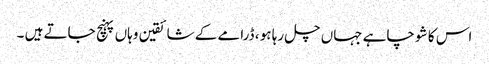
اس کا شو چاہے جہاں چل رہا ہو ، ڈرامے کے شائقین وہاں پہنچ جاتے ہیں ۔